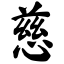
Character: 慈